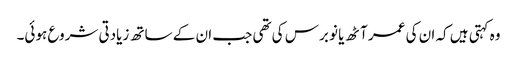
وہ کہتی ہیں کہ ان کی عمر آٹھ یا نو برس کی تھی جب ان کے ساتھ زیادتی شروع ہوئی۔